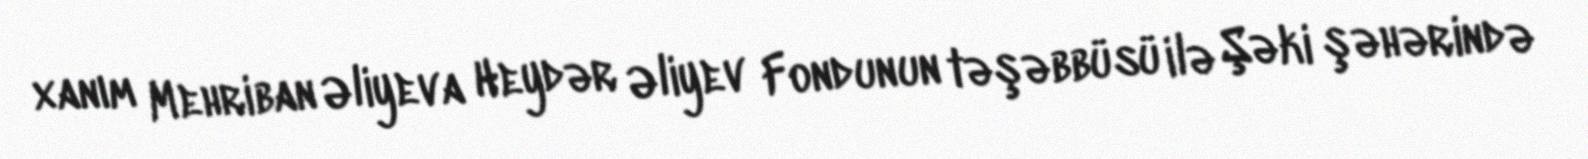
xanım Mehriban Əliyeva Heydər Əliyev Fondunun təşəbbüsü ilə Şəki şəhərində